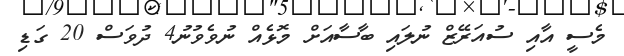
މެސީ އާއި ސުއަރޭޒް ނުލައި ބާސާއަށް މޮޅެއް ނުވެވުނު4 ދުވަސް 20 ގަޑި